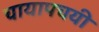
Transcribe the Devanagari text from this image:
चायापचयी